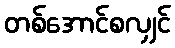
တစ်အောင်စလျှင်